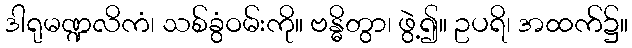
ဒါရုမဏ္ဍလိကံ၊ သစ်ခွံဝမ်းကို။ ဗန္ဓိတွာ၊ ဖွဲ့၍။ ဥပရိ၊ အထက်၌။